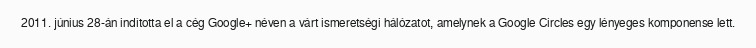
2011. június 28-án indította el a cég Google+ néven a várt ismeretségi hálózatot, amelynek a Google Circles egy lényeges komponense lett.